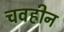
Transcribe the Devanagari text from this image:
चवहीन